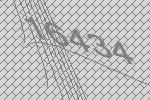
16434